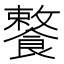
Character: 𩞕